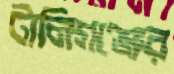
টালিগঞ্জের